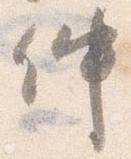
仲